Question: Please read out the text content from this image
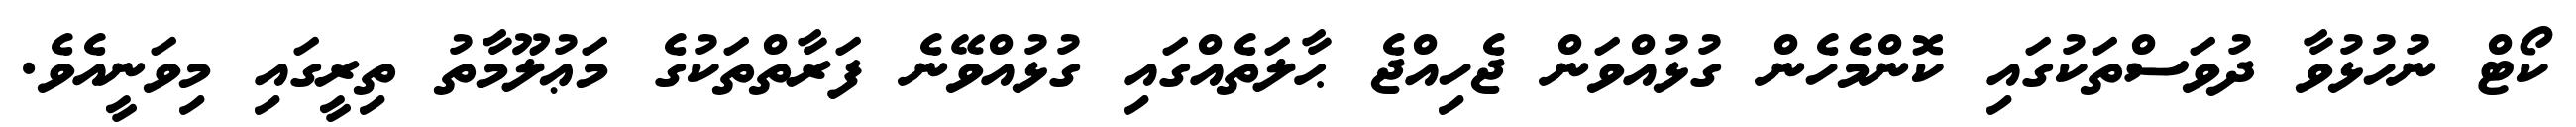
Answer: ކޯޓް ނުހުޅުވާ ދުވަސްތަކުގައި ކޮންމެހެން ގުޅުއްވަން ޖެހިއްޖެ ޙާލަތެއްގައި ގުޅުއްވޭނެ ފަރާތްތަކުގެ މަޢުލޫމާތު ތިރީގައި މިވަނީއެވެ.